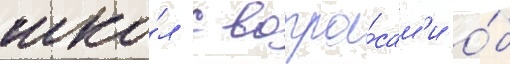
шко́л с вопро́сам'и о́б